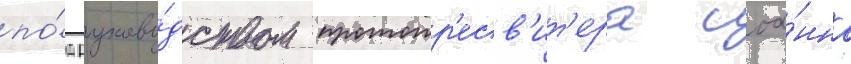
по́д руково́дством протопр'есв'ит'ера иоа́нна